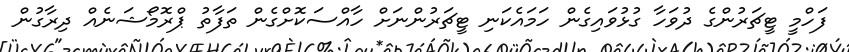
ފަހްމީ ޓީޗަރުންގެ ދުވަހާ ގުޅުވައިގެން ހަމައެކަނި ޓީޗަރުންނަށް ހާއްސަކޮށްގެން ތަފާތު ޕްރޮޮމޯޝަނެއް ދިރާގުން